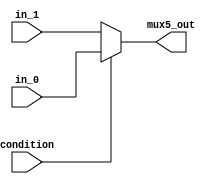
`timescale 1ns/1ns

module mux_5(

	input condition,
	input [31:0] in_0,
	input [31:0] in_1,

	output reg [31:0] mux5_out
);


always @*
begin
	if (condition)

		mux5_out <= in_0;

	else

		mux5_out <= in_1;
end
endmodule